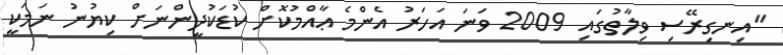
"އިނގިރޭސި ވިލާތުގައި 2009 ވަނަ އަހަރު އެންމެ ޢާއްމުކޮށް ކުޑަކުދީންނަށް ކިޔުނު ނަމަކީ